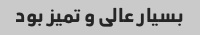
بسیار عالی و تمیز بود